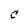
Character: C